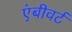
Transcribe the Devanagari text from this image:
एंबीवर्ट